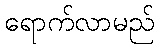
ရောက်လာမည်